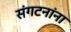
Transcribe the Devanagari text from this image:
संगटनांना